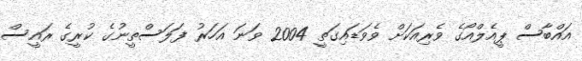
އައްބާސް ޕީއެލްއޯގެ ވެރިއަކަށް ވެވަޑައިގަތީ 2004 ވަނަ އަހަރު ފަލަސްތީނުގެ ކުރީގެ ރައީސް